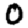
Digit: 0